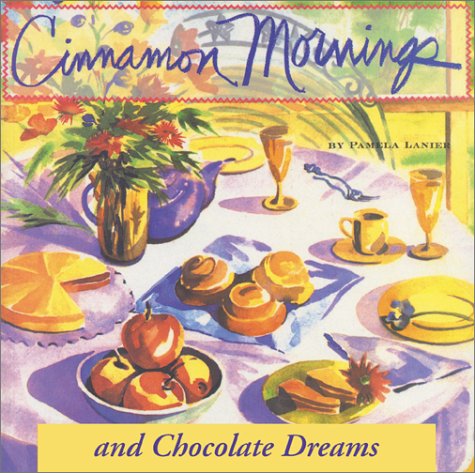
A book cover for Cinnamon Mornings and Chocolate Dreams; Pamela Lanier; Travel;